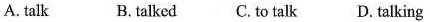
A. talk B. talked C. to talk D. talking